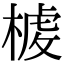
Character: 𣖳